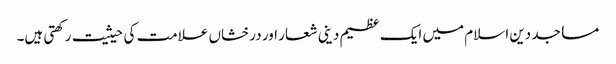
مساجد دین اسلام میں ایک عظیم دینی شعار اور درخشاں علامت کی حیثیت رکھتی ہیں۔